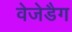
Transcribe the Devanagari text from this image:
वेजेडैग